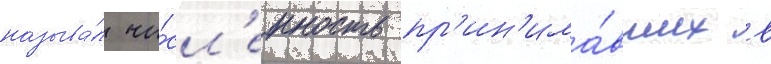
называ́л чи́сл'енность пр'ин'има́вших в